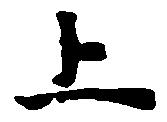
上